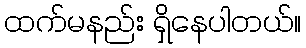
ထက်မနည်း ရှိနေပါတယ်။